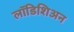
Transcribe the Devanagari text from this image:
लॉडिशिअन